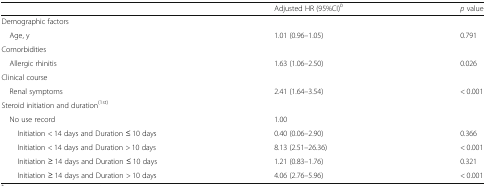
<table><thead><tr><td></td><td><b>Adjusted HR (95%CI)<sup><i>b</i></sup></b></td><td><b><i>p</i> value</b></td></tr></thead><tbody><tr><td colspan="3">Demographic factors</td></tr><tr><td> Age, y</td><td>1.01 (0.96–1.05)</td><td>0.791</td></tr><tr><td colspan="3">Comorbidities</td></tr><tr><td> Allergic rhinitis</td><td>1.63 (1.06–2.50)</td><td>0.026</td></tr><tr><td colspan="3">Clinical course</td></tr><tr><td> Renal symptoms</td><td>2.41 (1.64–3.54)</td><td>&lt; 0.001</td></tr><tr><td colspan="3">Steroid initiation and duration<sup>(1st)</sup></td></tr><tr><td> No use record</td><td>1.00</td><td></td></tr><tr><td>Initiation &lt; 14 days and Duration ≤ 10 days</td><td>0.40 (0.06–2.90)</td><td>0.366</td></tr><tr><td>Initiation &lt; 14 days and Duration &gt; 10 days</td><td>8.13 (2.51–26.36)</td><td>&lt; 0.001</td></tr><tr><td>Initiation ≥ 14 days and Duration ≤ 10 days</td><td>1.21 (0.83–1.76)</td><td>0.321</td></tr><tr><td>Initiation ≥ 14 days and Duration &gt; 10 days</td><td>4.06 (2.76–5.96)</td><td>&lt; 0.001</td></tr></tbody></table>